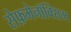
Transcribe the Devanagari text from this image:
सेफ़मेनॉक्सिम